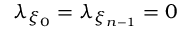
\lambda _ { \xi _ { 0 } } = \lambda _ { \xi _ { n - 1 } } = 0